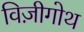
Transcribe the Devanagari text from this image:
विज़ीगोथ